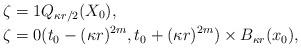
LaTeX: \begin{align*}\zeta&=1 Q_{\kappa r/2}(X_0), \\\zeta&=0 (t_0-(\kappa r)^{2m},t_0+(\kappa r)^{2m})\times B_{\kappa r}(x_0),\end{align*}